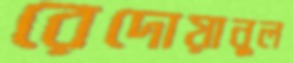
রেদোয়ানুল